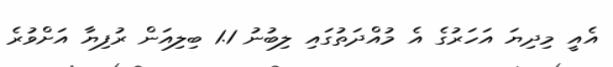
އެއީ މިދިޔަ އަހަރުގެ އެ މުއްދަތުގައި ލިބުނު 1.1 ބިލިއަން ރުފިޔާ އަށްވުރެ